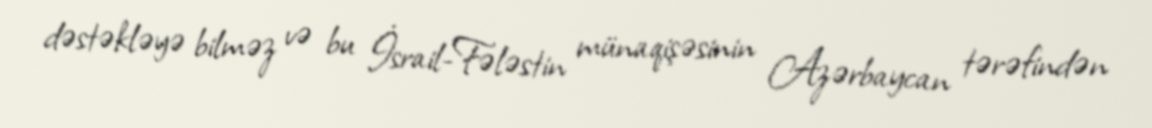
dəstəkləyə bilməz və bu İsrail-Fələstin münaqişəsinin Azərbaycan tərəfindən